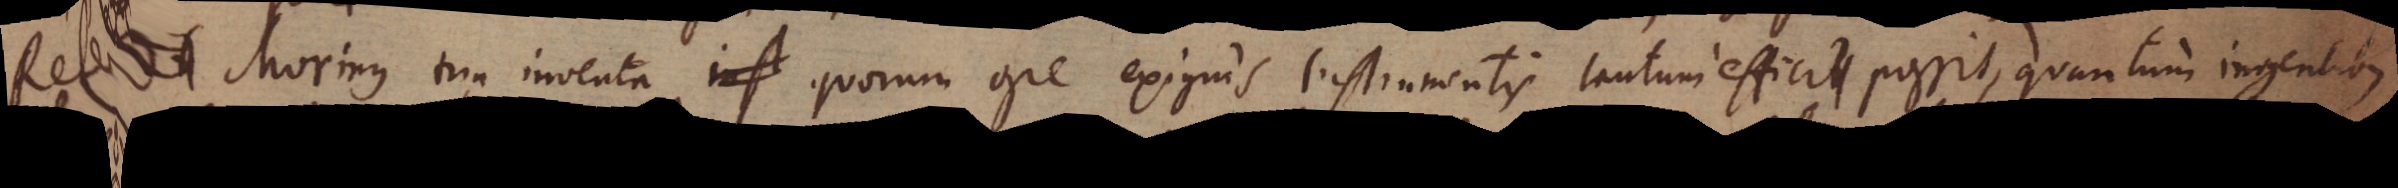
Refert Morinus tria inventa, quorum ope exiguis Instrumentis tantum effici possit, quantum ingentibus